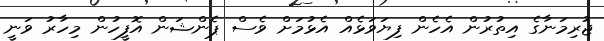
ޖުރިމަނާގެ އިތުރުން އެހެން ފިޔަވަޅެއް އެޅުމަށް ވެސް ޕެންޝަން އޮފީހުން މިހާރު ވަނީ